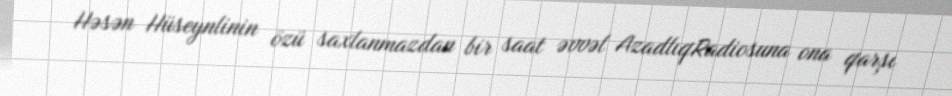
Həsən Hüseynlinin özü saxlanmazdan bir saat əvvəl AzadlıqRadiosuna ona qarşı